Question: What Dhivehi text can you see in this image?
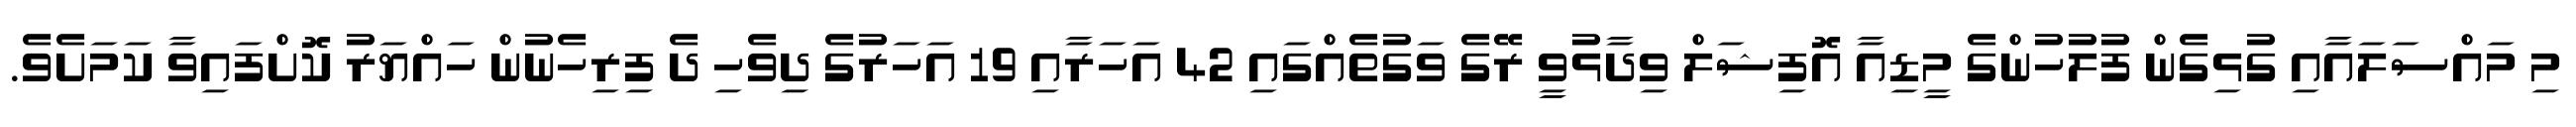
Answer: މި މައްސަލައާއި ގުޅިގެން ފުލުހުންގެ މީޑިއާ އޮފިޝަލް ވިދާޅުވީ ރޭގެ ވަގުތެއްގައި 42 އަހަރާއި 19 އަހަރުގެ ދިވެހި ދެ ފިރިހެނުން ހައްޔަރު ކޮށްފައިވާ ކަމަށެވެ.